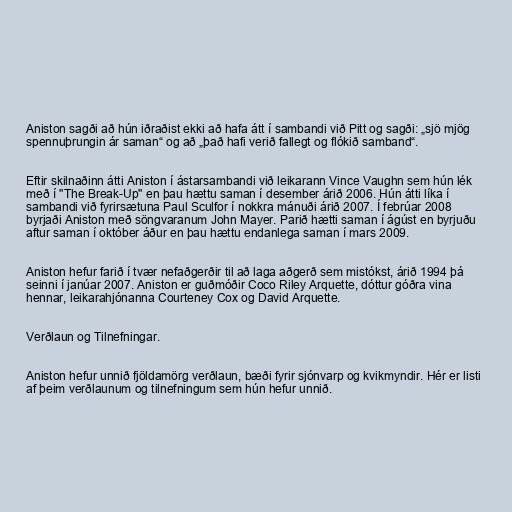
Aniston sagði að hún iðraðist ekki að hafa átt í sambandi við Pitt og sagði: „sjö mjög
spennuþrungin ár saman“ og að „það hafi verið fallegt og flókið samband“.

Eftir skilnaðinn átti Aniston í ástarsambandi við leikarann Vince Vaughn sem hún lék
með í "The Break-Up" en þau hættu saman í desember árið 2006. Hún átti líka í
sambandi við fyrirsætuna Paul Sculfor í nokkra mánuði árið 2007. Í febrúar 2008
byrjaði Aniston með söngvaranum John Mayer. Parið hætti saman í ágúst en byrjuðu
aftur saman í október áður en þau hættu endanlega saman í mars 2009.

Aniston hefur farið í tvær nefaðgerðir til að laga aðgerð sem mistókst, árið 1994 þá
seinni í janúar 2007. Aniston er guðmóðir Coco Riley Arquette, dóttur góðra vina
hennar, leikarahjónanna Courteney Cox og David Arquette.

Verðlaun og Tilnefningar.

Aniston hefur unnið fjöldamörg verðlaun, bæði fyrir sjónvarp og kvikmyndir. Hér er listi
af þeim verðlaunum og tilnefningum sem hún hefur unnið.